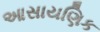
આસાયણિક